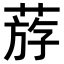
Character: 𦳧